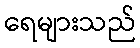
ရေများသည်